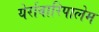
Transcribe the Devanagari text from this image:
येर्रावारिपालेम